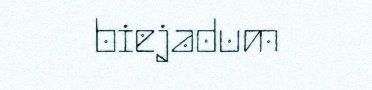
biejadum